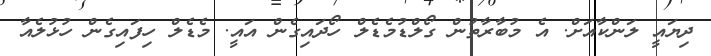
ދިޔައީ ލަންކާއަށް. އެ މުބާރާތުން ގޯލްޑުމެޑެލް ހޯދައިގެން އައީ. މެޑެލް ހިފައިގެން ހުޅުލެއާ